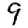
Digit: 9